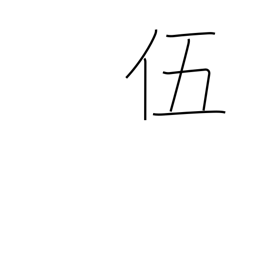
Meaning: five-man squad